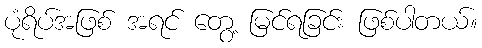
ပုံရိပ်အဖြစ် အရင် တွေ့ မြင်ရခြင်း ဖြစ်ပါတယ်။